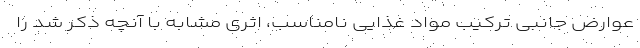
عوارض جانبی ترکیب مواد غذایی نامناسب، اثری مشابه با آنچه ذکر شد را